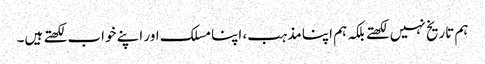
ہم تاریخ نہیں لکھتے بلکہ ہم اپنا مذہب، اپنا مسلک اور اپنے خواب لکھتے ہیں۔